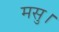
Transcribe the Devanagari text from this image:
मसु।